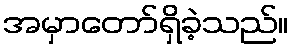
အမှာတော်ရှိခဲ့သည်။